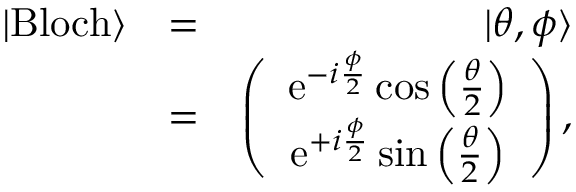
\begin{array} { r l r } { | \mathrm { B l o c h } \rangle } & { = } & { | \theta , \phi \rangle } \\ & { = } & { \left( \begin{array} { c } { \mathrm { e } ^ { - i \frac { \phi } { 2 } } \cos \left( \frac { \theta } { 2 } \right) } \\ { \mathrm { e } ^ { + i \frac { \phi } { 2 } } \sin \left( \frac { \theta } { 2 } \right) } \end{array} \right) , } \end{array}